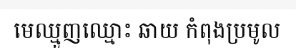
មេឈ្មួញឈ្មោះ ឆាយ កំពុងប្រមូល